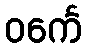
ဝင်္ကေ